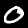
Digit: 0